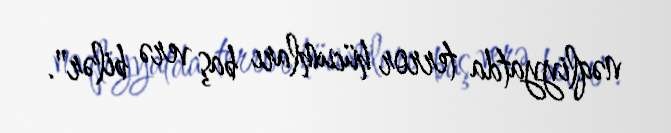
nəqliyyatda terror hücumları baş verə bilər".